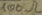
Text: 100Ω